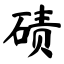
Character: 碛